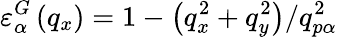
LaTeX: \varepsilon_{\alpha}^{G}\left({{q}_{x}}\right)=1-\left(q_{x}^{2}+q_{y}^{2}\right)/q_{p\alpha}^{2}